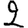
Digit: 2